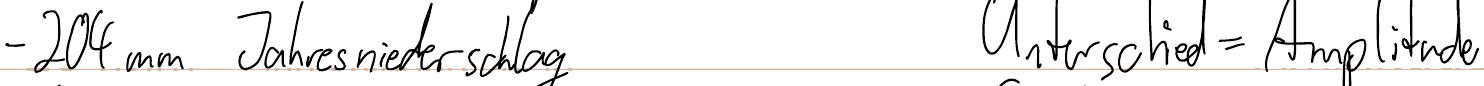
- 204 mm Jahresniederschlag   Unterschied = Amplitude